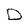
Character: D